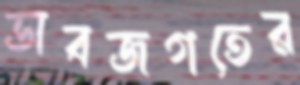
ভাবজগতের